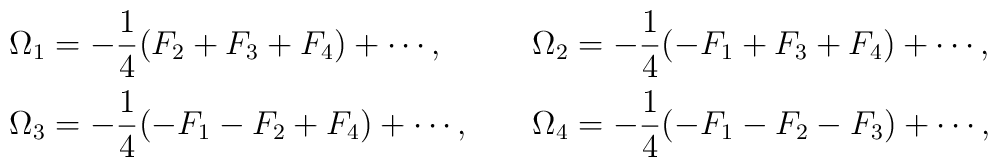
\renewcommand{\arraystretch}{2} \begin{array}{lcl}\displaystyle \Omega_1 = -\frac{1}{4}(F_2+F_3+F_4)+\cdots, & ~ &\displaystyle \Omega_2 = -\frac{1}{4}(-F_1+F_3+F_4)+\cdots, \\\displaystyle \Omega_3 = -\frac{1}{4}(-F_1-F_2+F_4)+\cdots, & ~ &\displaystyle \Omega_4 = -\frac{1}{4}(-F_1-F_2-F_3)+\cdots, \end{array}